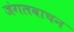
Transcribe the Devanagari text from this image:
जंगलवाचन